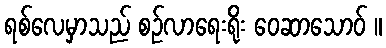
ရစ်လေမှာသည် စဉ်လာရေးရိုး ဝေဆာသောဝ် ။